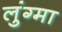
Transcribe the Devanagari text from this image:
लुंग्मा